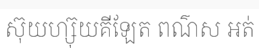
ស៊ុយហ្ស៊ុយគីឡែត ពណ៌ស អត់